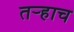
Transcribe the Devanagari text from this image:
तर्‍हाच